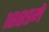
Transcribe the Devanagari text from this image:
१८८९में